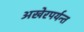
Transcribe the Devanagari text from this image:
अखेरपर्यन्त